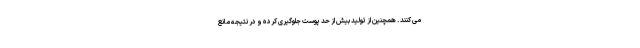
می کنند . همچنین از تولید بیش از حد پوست جلوگیری کرده و در نتیجه مانع